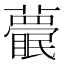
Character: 𥌱